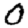
Digit: 0